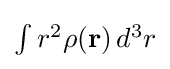
{\textstyle \int r^{2}\rho (\mathbf {r} )\,d^{3}r}